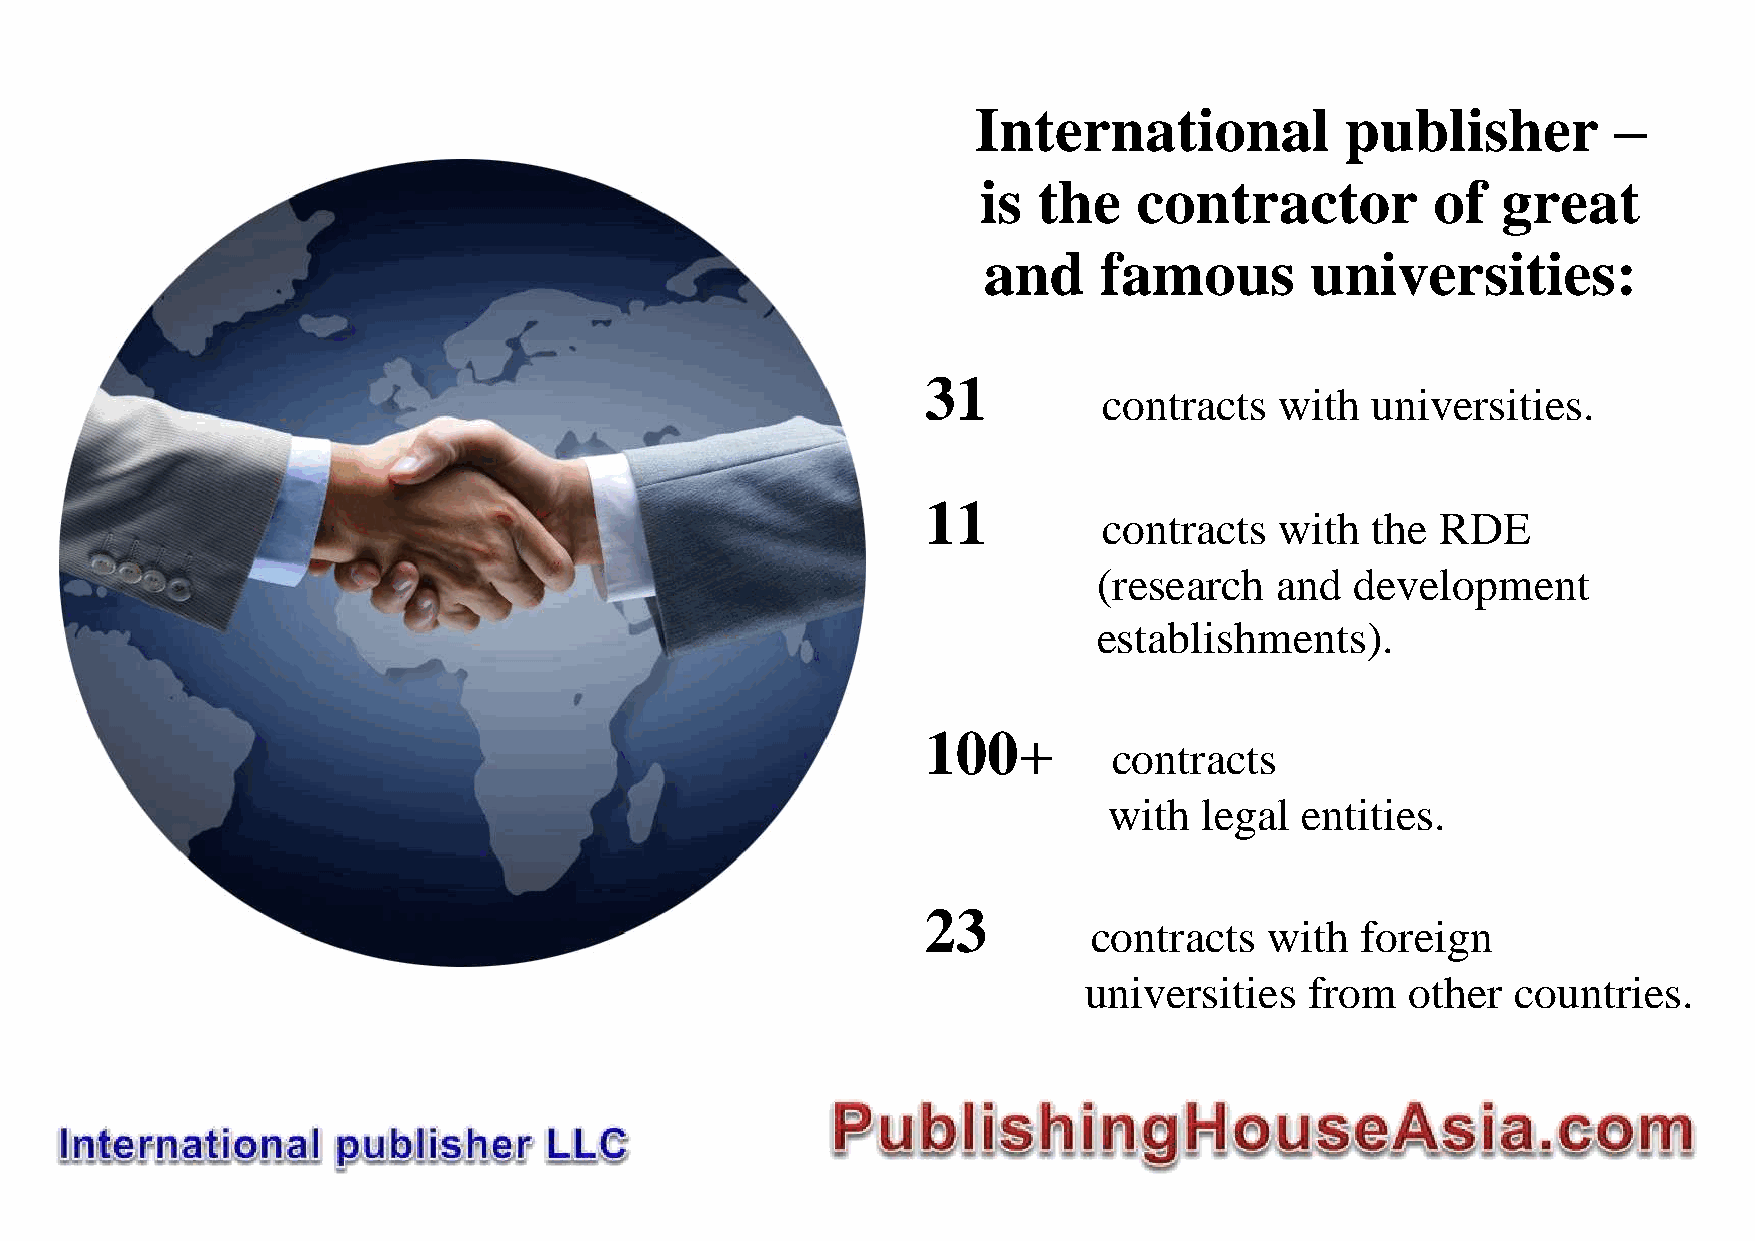
International           publisher         –
 is  the   contractor          of  great
 and     famous        universities:
 31
 contracts   with  universities.
 11
 contracts   with  the RDE
 (research  and   development
 establishments).
 100+
 contracts
 with  legal  entities.
 23
 contracts   with  foreign
 universities   from  other  countries.